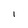
Character: 1